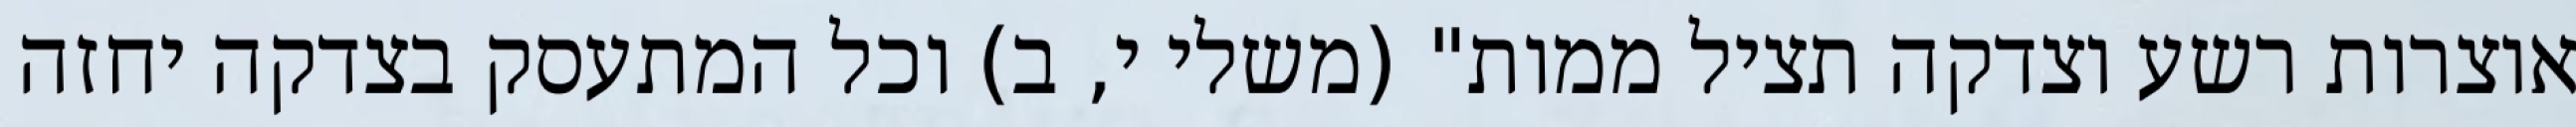
אוצרות רשע וצדקה תציל ממות" (משלי י, ב) וכל המתעסק בצדקה יחזה